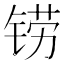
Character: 铹